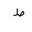
Letter: _da